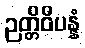
ဉတ္တိဝိပန္နံ